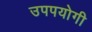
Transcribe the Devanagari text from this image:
उपपयोगी